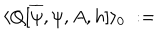
\langle Q [ \overline { { { \psi } } } , \psi , A , h ] \rangle _ { 0 } \; : =